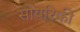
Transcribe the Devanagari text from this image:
सोयरिकी